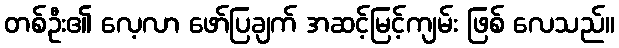
တစ်ဦး၏ လေ့လာ ဖော်ပြချက် အဆင့်မြင့်ကျမ်း ဖြစ် လေသည်။